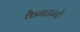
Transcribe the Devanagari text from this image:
कैनटन्टे